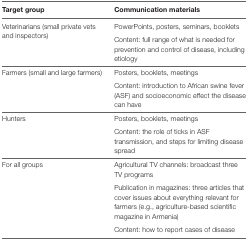
<table><thead><tr><td><b>Target group</b></td><td><b>Communication materials</b></td></tr></thead><tbody><tr><td rowspan="2">Veterinarians (small private vets and inspectors)</td><td>PowerPoints, posters, seminars, booklets</td></tr><tr><td>Content: full range of what is needed for prevention and control of disease, including etiology</td></tr><tr><td rowspan="2">Farmers (small and large farmers)</td><td>Posters, booklets, meetings</td></tr><tr><td>Content: introduction to African swine fever (ASF) and socioeconomic effect the disease can have</td></tr><tr><td rowspan="2">Hunters</td><td>Posters, booklets, meetings</td></tr><tr><td>Content: the role of ticks in ASF transmission, and steps for limiting disease spread</td></tr><tr><td rowspan="3">For all groups</td><td>Agricultural TV channels: broadcast three TV programs</td></tr><tr><td>Publication in magazines: three articles that cover issues about everything relevant for farmers (e.g., agriculture-based scientific magazine in Armenia)</td></tr><tr><td>Content: how to report cases of disease</td></tr></tbody></table>